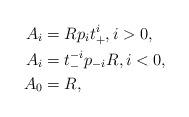
LaTeX: \begin{align*}A_i& = Rp_it^i_{+}, i>0,\\A_i&=t^{-i}_{-}p_{-i}R, i<0,\\A_0& =R,\end{align*}